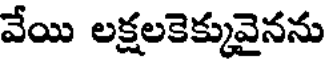
వేయి లక్షలకెక్కువైనను